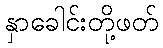
နှာခေါင်းတို့ဖတ်